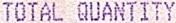
TOTAL QUANTITY